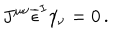
J ^ { \mu \nu } \overline { { { \epsilon } } } ^ { I } \gamma _ { \nu } = 0 \, .